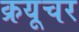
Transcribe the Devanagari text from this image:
क्रयूचर